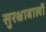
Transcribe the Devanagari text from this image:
सुरक्षाबालों